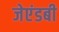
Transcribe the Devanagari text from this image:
जेएंडबी